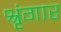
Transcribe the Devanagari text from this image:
श्रृंंगार